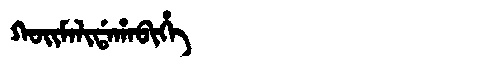
Manchu: ᡴᠣᡳᠮᠠᠯᡳᡩᠠᡥᠠᠪᡳᡥᡝ
Romanization: KOIMALIDAHABIHE